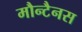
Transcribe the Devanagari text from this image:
मौन्टैनस